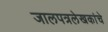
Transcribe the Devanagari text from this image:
जालपत्रलेखकांचे